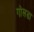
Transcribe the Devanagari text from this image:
गोलडा